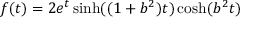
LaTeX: f ( t ) = 2 e ^ { t } \sinh ( ( 1 + b ^ { 2 } ) t ) \cosh ( b ^ { 2 } t )